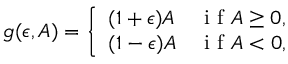
g ( \epsilon , A ) = \left\{ \begin{array} { l l } { ( 1 + \epsilon ) A } & { \mathrm { ~ i ~ f ~ } A \geq 0 , } \\ { ( 1 - \epsilon ) A } & { \mathrm { ~ i ~ f ~ } A < 0 , } \end{array} \right.